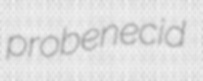
probenecid